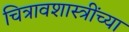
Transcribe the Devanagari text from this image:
चित्रावशास्त्रींच्या